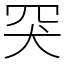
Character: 𦊅